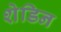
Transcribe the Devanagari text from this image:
शेडिन